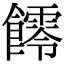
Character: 𩟃